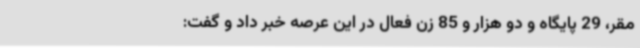
مقر، 29 پایگاه و دو هزار و 85 زن فعال در این عرصه خبر داد و گفت: